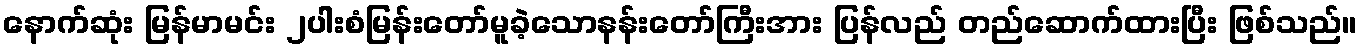
နောက်ဆုံး မြန်မာမင်း ၂ပါးစံမြန်းတော်မူခဲ့သောနန်းတော်ကြီးအား ပြန်လည် တည်ဆောက်ထားပြီး ဖြစ်သည်။